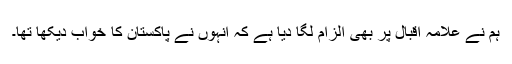
ہم نے علامہ اقبال پر بھی الزام لگا دیا ہے کہ انہوں نے پاکستان کا خواب دیکھا تھا۔